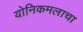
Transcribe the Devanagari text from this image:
योनिकमलाचा